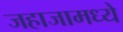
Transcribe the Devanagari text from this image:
जहाजामध्ये